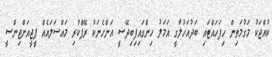
ކުއްޖަކު މަގުމަތިން ހިފަހައްޓައި ބަދުއަހުލާގީ އަމަލު ހިންގައިފިބިދޭސީ އަންހެނަކު ރޭޕްކުރި މައްސަލައެއް ޕީޖީއަށްޖިންސީ